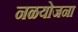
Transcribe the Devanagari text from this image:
नळयोजना